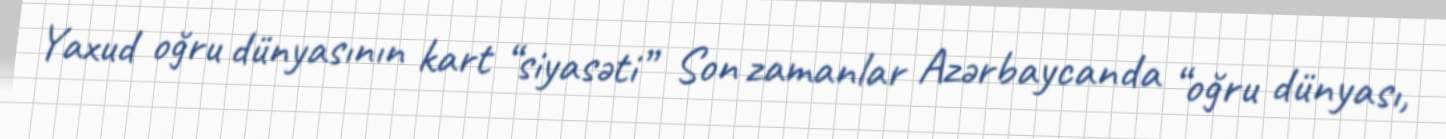
Yaxud oğru dünyasının kart “siyasəti” Son zamanlar Azərbaycanda “oğru dünyası,